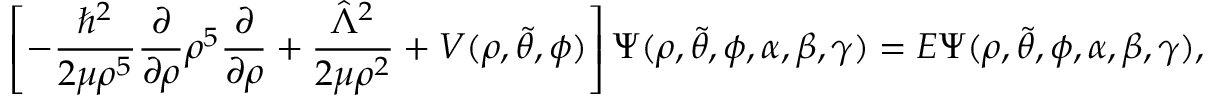
\left[ - \frac { \hbar ^ { 2 } } { 2 \mu \rho ^ { 5 } } \frac { \partial } { \partial \rho } \rho ^ { 5 } \frac { \partial } { \partial \rho } + \frac { \hat { \Lambda } ^ { 2 } } { 2 \mu \rho ^ { 2 } } + V ( \rho , \Tilde { \theta } , \phi ) \right] \Psi ( \rho , \Tilde { \theta } , \phi , \alpha , \beta , \gamma ) = E \Psi ( \rho , \Tilde { \theta } , \phi , \alpha , \beta , \gamma ) ,